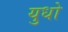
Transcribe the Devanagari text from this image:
युधो